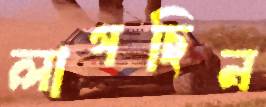
লাগছিন